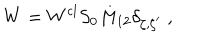
W = W ^ { \mathrm { c l } } S _ { 0 } M _ { 1 2 } \delta _ { \zeta , \zeta ^ { \prime } } \; ,